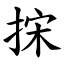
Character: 㧲